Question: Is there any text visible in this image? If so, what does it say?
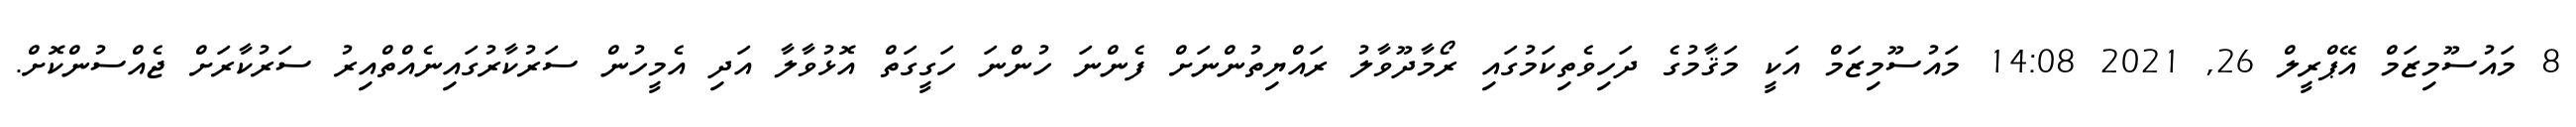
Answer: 8 މައުސޫމިޒަމް އޭޕްރީލް 26, 2021 14:08 މައުސޫމިޒަމް އަކީ މަޤާމުގެ ދަހިވެތިކަމުގައި ރޯމާދޫވާލު ރައްޔިތުންނަށް ފެންނަ ހުންނަ ހަގީގަތް އޮޅުވާލާ އަދި އެމީހުން ސަރުކާރުގައިނެއްތްއިރު ސަރުކާރަށް ޖެއްސުންކޮށް.